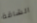
الشاقة